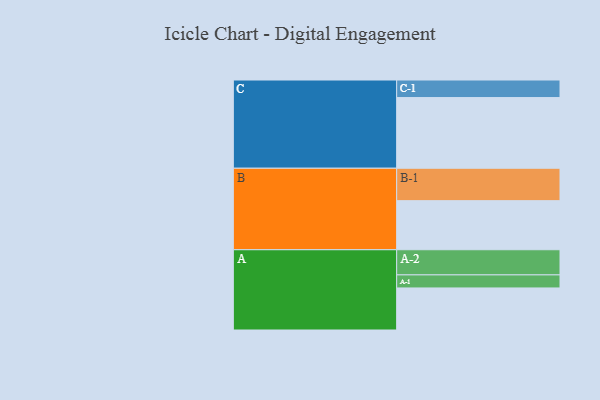
{"axis": {"x": "Segment", "y": "Value"}, "legend": ["", "A", "B", "C"], "data": [{"x": "A", "y": 306, "type": ""}, {"x": "B", "y": 357, "type": ""}, {"x": "C", "y": 514, "type": ""}, {"x": "A-1", "y": 95, "type": "A"}, {"x": "A-2", "y": 183, "type": "A"}, {"x": "B-1", "y": 236, "type": "B"}, {"x": "C-1", "y": 128, "type": "C"}]}